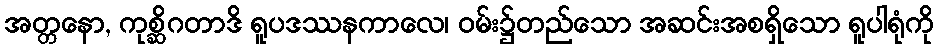
အတ္တနော, ကုစ္ဆိဂတာဒိ ရူပဒဿနကာလေ၊ ဝမ်း၌တည်သော အဆင်းအစရှိသော ရူပါရုံကို